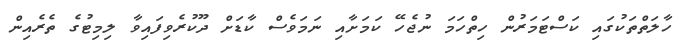
ހާލަތްތަކުގައި ކަސްޓަމަރުން ހިތްހަމަ ނުޖެހޭ ކަމަށާއި ނަމަވެސް ކާޑަށް ދޫކުރެވިފައިވާ ލިމިޓުގެ ތެރެއިން